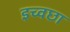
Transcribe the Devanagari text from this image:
इच्वछा